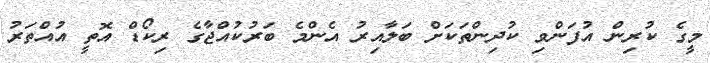
މީގެ ކުރިން އުފަންވި ކުދިންތަކަށް ބަލާއިރު އެންމެ ބަރުކުއްޖާގެ ރިކޯޑް އޮތީ އުއްތަރު